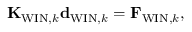
{ \bf K } _ { \mathrm { W I N } , k } { \bf d } _ { \mathrm { W I N } , k } = { \bf F } _ { \mathrm { W I N } , k } ,